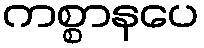
ကစ္စာနပေ